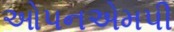
ઓપનએમપી